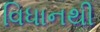
વિધાનથી